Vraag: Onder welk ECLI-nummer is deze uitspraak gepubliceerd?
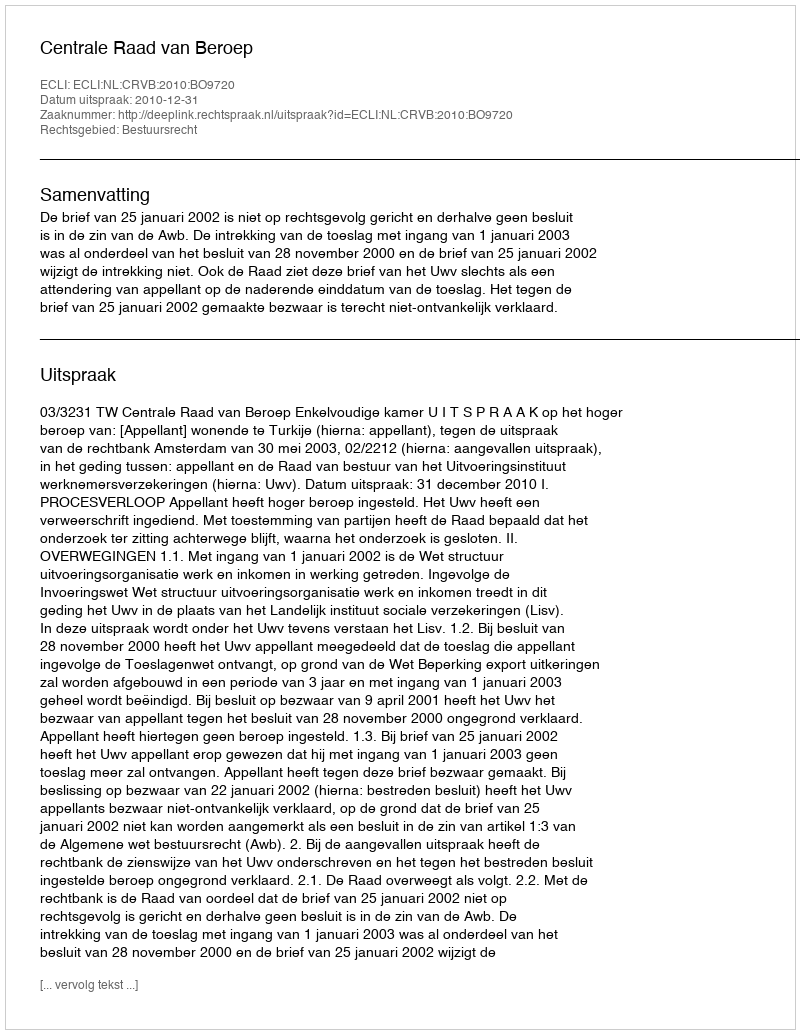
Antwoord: ECLI:NL:CRVB:2010:BO9720